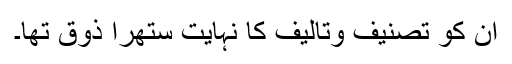
ان کو تصنیف وتالیف کا نہایت ستھرا ذوق تھا۔